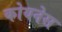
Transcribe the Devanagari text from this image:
कोयनेस